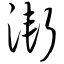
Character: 渐